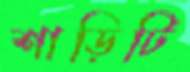
শাড়িটি